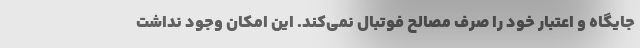
جایگاه و اعتبار خود را صرف مصالح فوتبال نمی‌کند. این امکان وجود نداشت